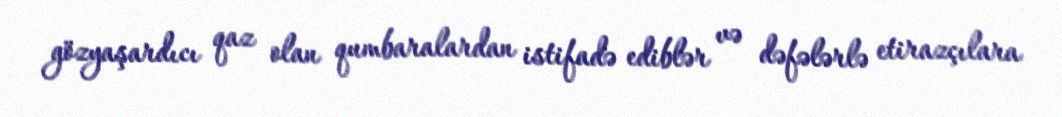
gözyaşardıcı qaz olan qumbaralardan istifadə ediblər və dəfələrlə etirazçılara